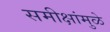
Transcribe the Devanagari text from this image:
समीक्षांमुळे